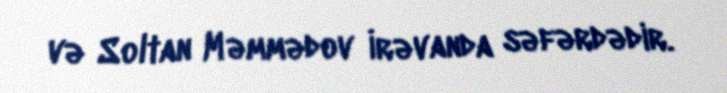
və Soltan Məmmədov İrəvanda səfərdədir.